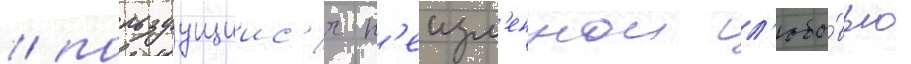
/ пользуущиис'я н'еизм'еннои л'юбо́вью